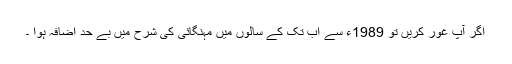
اگر آپ غور کریں تو 1989ء سے اب تک کے سالوں میں مہنگائی کی شرح میں بے حد اضافہ ہوا ۔